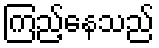
ကြည့်နေသည်